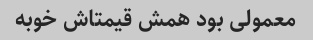
معمولی بود همش قیمتاش خوبه